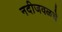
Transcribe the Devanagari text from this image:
नदीजवळचे